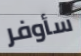
سأوفر